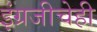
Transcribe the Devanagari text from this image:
इंग्रजीचेही